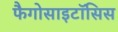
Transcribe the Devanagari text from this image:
फैगोसाइटॉसिस